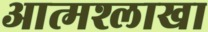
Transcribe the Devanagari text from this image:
आत्मश्लाखा